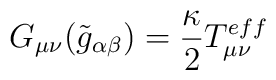
G_{\mu\nu}(\tilde{g}_{\alpha\beta})=\frac{\kappa}{2}T_{\mu\nu}^{eff}